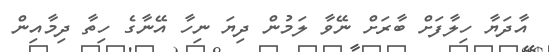
އާދަޔާ ހިލާފަށް ބާރަށް ނޭވާ ލަމުން ދިޔަ ނިހާ އޭނާގެ ހިތާ ދިމާއިން